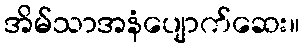
အိမ်သာအနံပျောက်ဆေး။